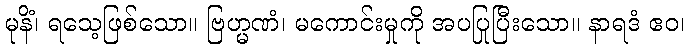
မုနိံ၊ ရသေ့ဖြစ်သော။ ဗြဟ္မဏံ၊ မကောင်းမှုကို အပပြုပြီးသော။ နာရဒံ ဧဝ၊